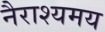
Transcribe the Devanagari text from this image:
नैराश्यमय